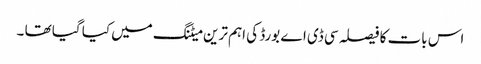
اس بات کا فیصلہ سی ڈی اے بورڈ کی اہم ترین میٹنگ میں کیا گیا تھا ۔